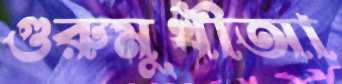
গুরুমুখীআ